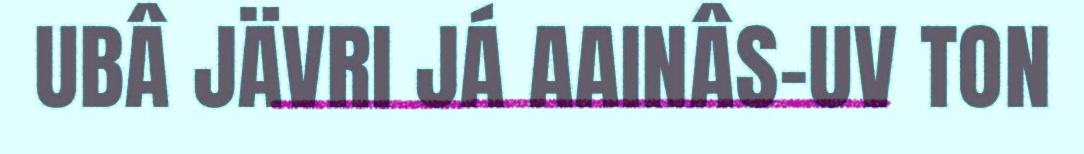
UBÂ JÄVRI JÁ AAINÂS-UV TON